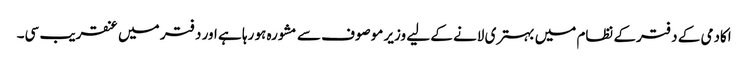
اکادمی کے دفترکے نظام میں بہتری لانے کے لیے وزیر موصوف سے مشورہ ہو رہا ہے اور دفتر میں عنقریب سی۔